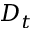
D _ { t }